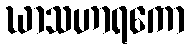
ဃာသဟာရကော